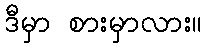
ဒီမှာ စားမှာလား။